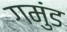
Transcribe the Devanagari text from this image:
गमुंड